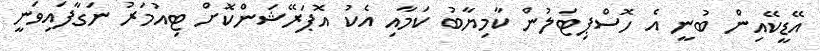
އޭޑީކޭއިން ބުނީ އެ ހޮސްޕިޓަލުން ކާމިޔާބު ކަމާއި އެކު އޮޕަރޭޝަންކޮށް ޓިއުމަރު ނަގާފައިވަނީ